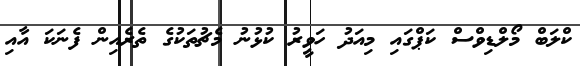
ކްލަބް މޯލްޑިވްސް ކަޕްގައި މިއަދު ހަވީރު ކުޅުނު މެޗުތަކުގެ ތެރެއިން ފެނަކަ އާއި